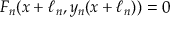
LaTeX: F _ { n } ( x + \ell _ { n } , y _ { n } ( x + \ell _ { n } ) ) = 0